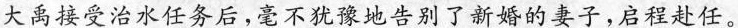
大禹接受治水任务后，毫不犹豫地告别了新婚的妻子，启程赴任。